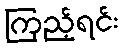
ကြည့်ရင်း